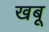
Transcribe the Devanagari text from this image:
खबू